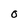
Character: O